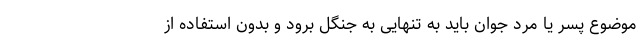
موضوع پسر یا مرد جوان باید به تنهایی به جنگل برود و بدون استفاده از